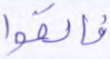
فألقوا